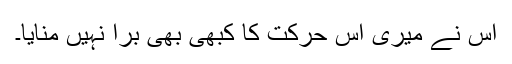
اس نے میری اس حرکت کا کبھی بھی برا نہیں منایا۔